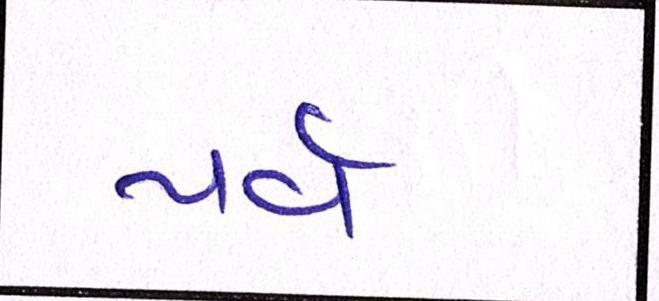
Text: પર્વ